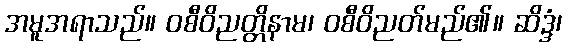
အမူအရာသည်။ ဝစီဝိညတ္တိနာမ၊ ဝစီဝိညတ်မည်၏။ ဆိဒ္ဒံ၊